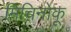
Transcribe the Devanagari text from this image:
मिचिनोकू